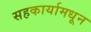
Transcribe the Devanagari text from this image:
सहकार्यामधून